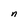
Character: n